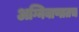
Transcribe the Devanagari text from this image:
अग्निबाणातच